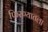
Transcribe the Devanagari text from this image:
फिरण्यातला